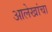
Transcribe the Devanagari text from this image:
आलेखांचा